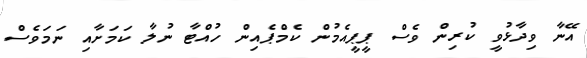
އޭނާ ވިދާޅުވީ ކުރިން ވެސް ޕީޕީއެމުން ކެމްޕެއިން ހުއްޓާ ނުލާ ކަމަށާއި ނަމަވެސް